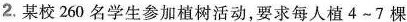
2.某校260名学生参加植树活动，要求每人植4~7棵